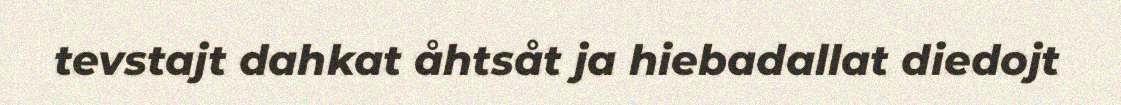
tevstajt dahkat åhtsåt ja hiebadallat diedojt